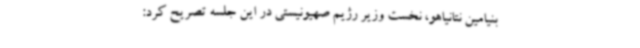
بنیامین نتانیاهو، نخست وزیر رژیم صهیونیستی در این جلسه تصریح کرد: